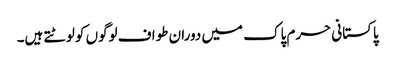
پاکستانی حرم پاک میں دوران طواف لوگوں کو لوٹتے ہیں۔